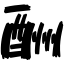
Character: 酬